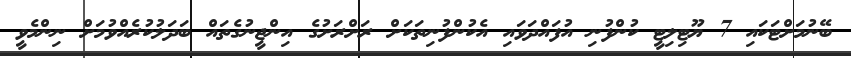
ބޭނުމަށްޓަކައި 7 ޔޫޓިލިޓީ ކުންފުނި އުފައްދަވައި އެކުންފުނިތަކަށް ރަށްރަށުގެ އިންޖީނުގެތައް ބަދަލުކުރެއްވުމަށް ނިންމެވީ